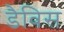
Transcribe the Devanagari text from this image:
डैविस